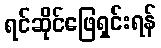
ရင်ဆိုင်ဖြေရှင်းရန်